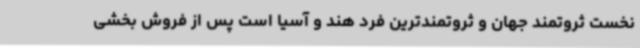
نخست ثروتمند جهان و ثروتمندترین فرد هند و آسیا است پس از فروش بخشی